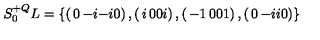
S _ { 0 } ^ { + Q } L = \{ \left( \begin{matrix} { 0 } & { - i } \\ { - i } & { 0 } \\ \end{matrix} \right) , \left( \begin{matrix} { i } & { 0 } \\ { 0 } & { i } \\ \end{matrix} \right) , \left( \begin{matrix} { - 1 } & { 0 } \\ { 0 } & { 1 } \\ \end{matrix} \right) , \left( \begin{matrix} { 0 } & { - i } \\ { i } & { 0 } \\ \end{matrix} \right) \}